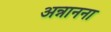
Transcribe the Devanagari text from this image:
अन्नानना